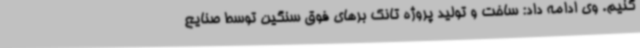
کنیم. وی ادامه داد: ساخت و تولید پروژه تانک برهای فوق سنگین توسط صنایع